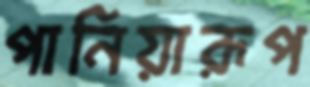
পানিয়ারূপ